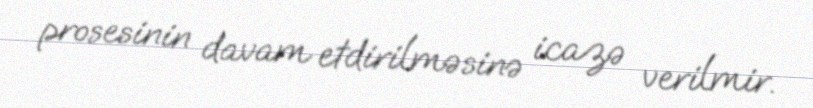
prosesinin davam etdirilməsinə icazə verilmir.